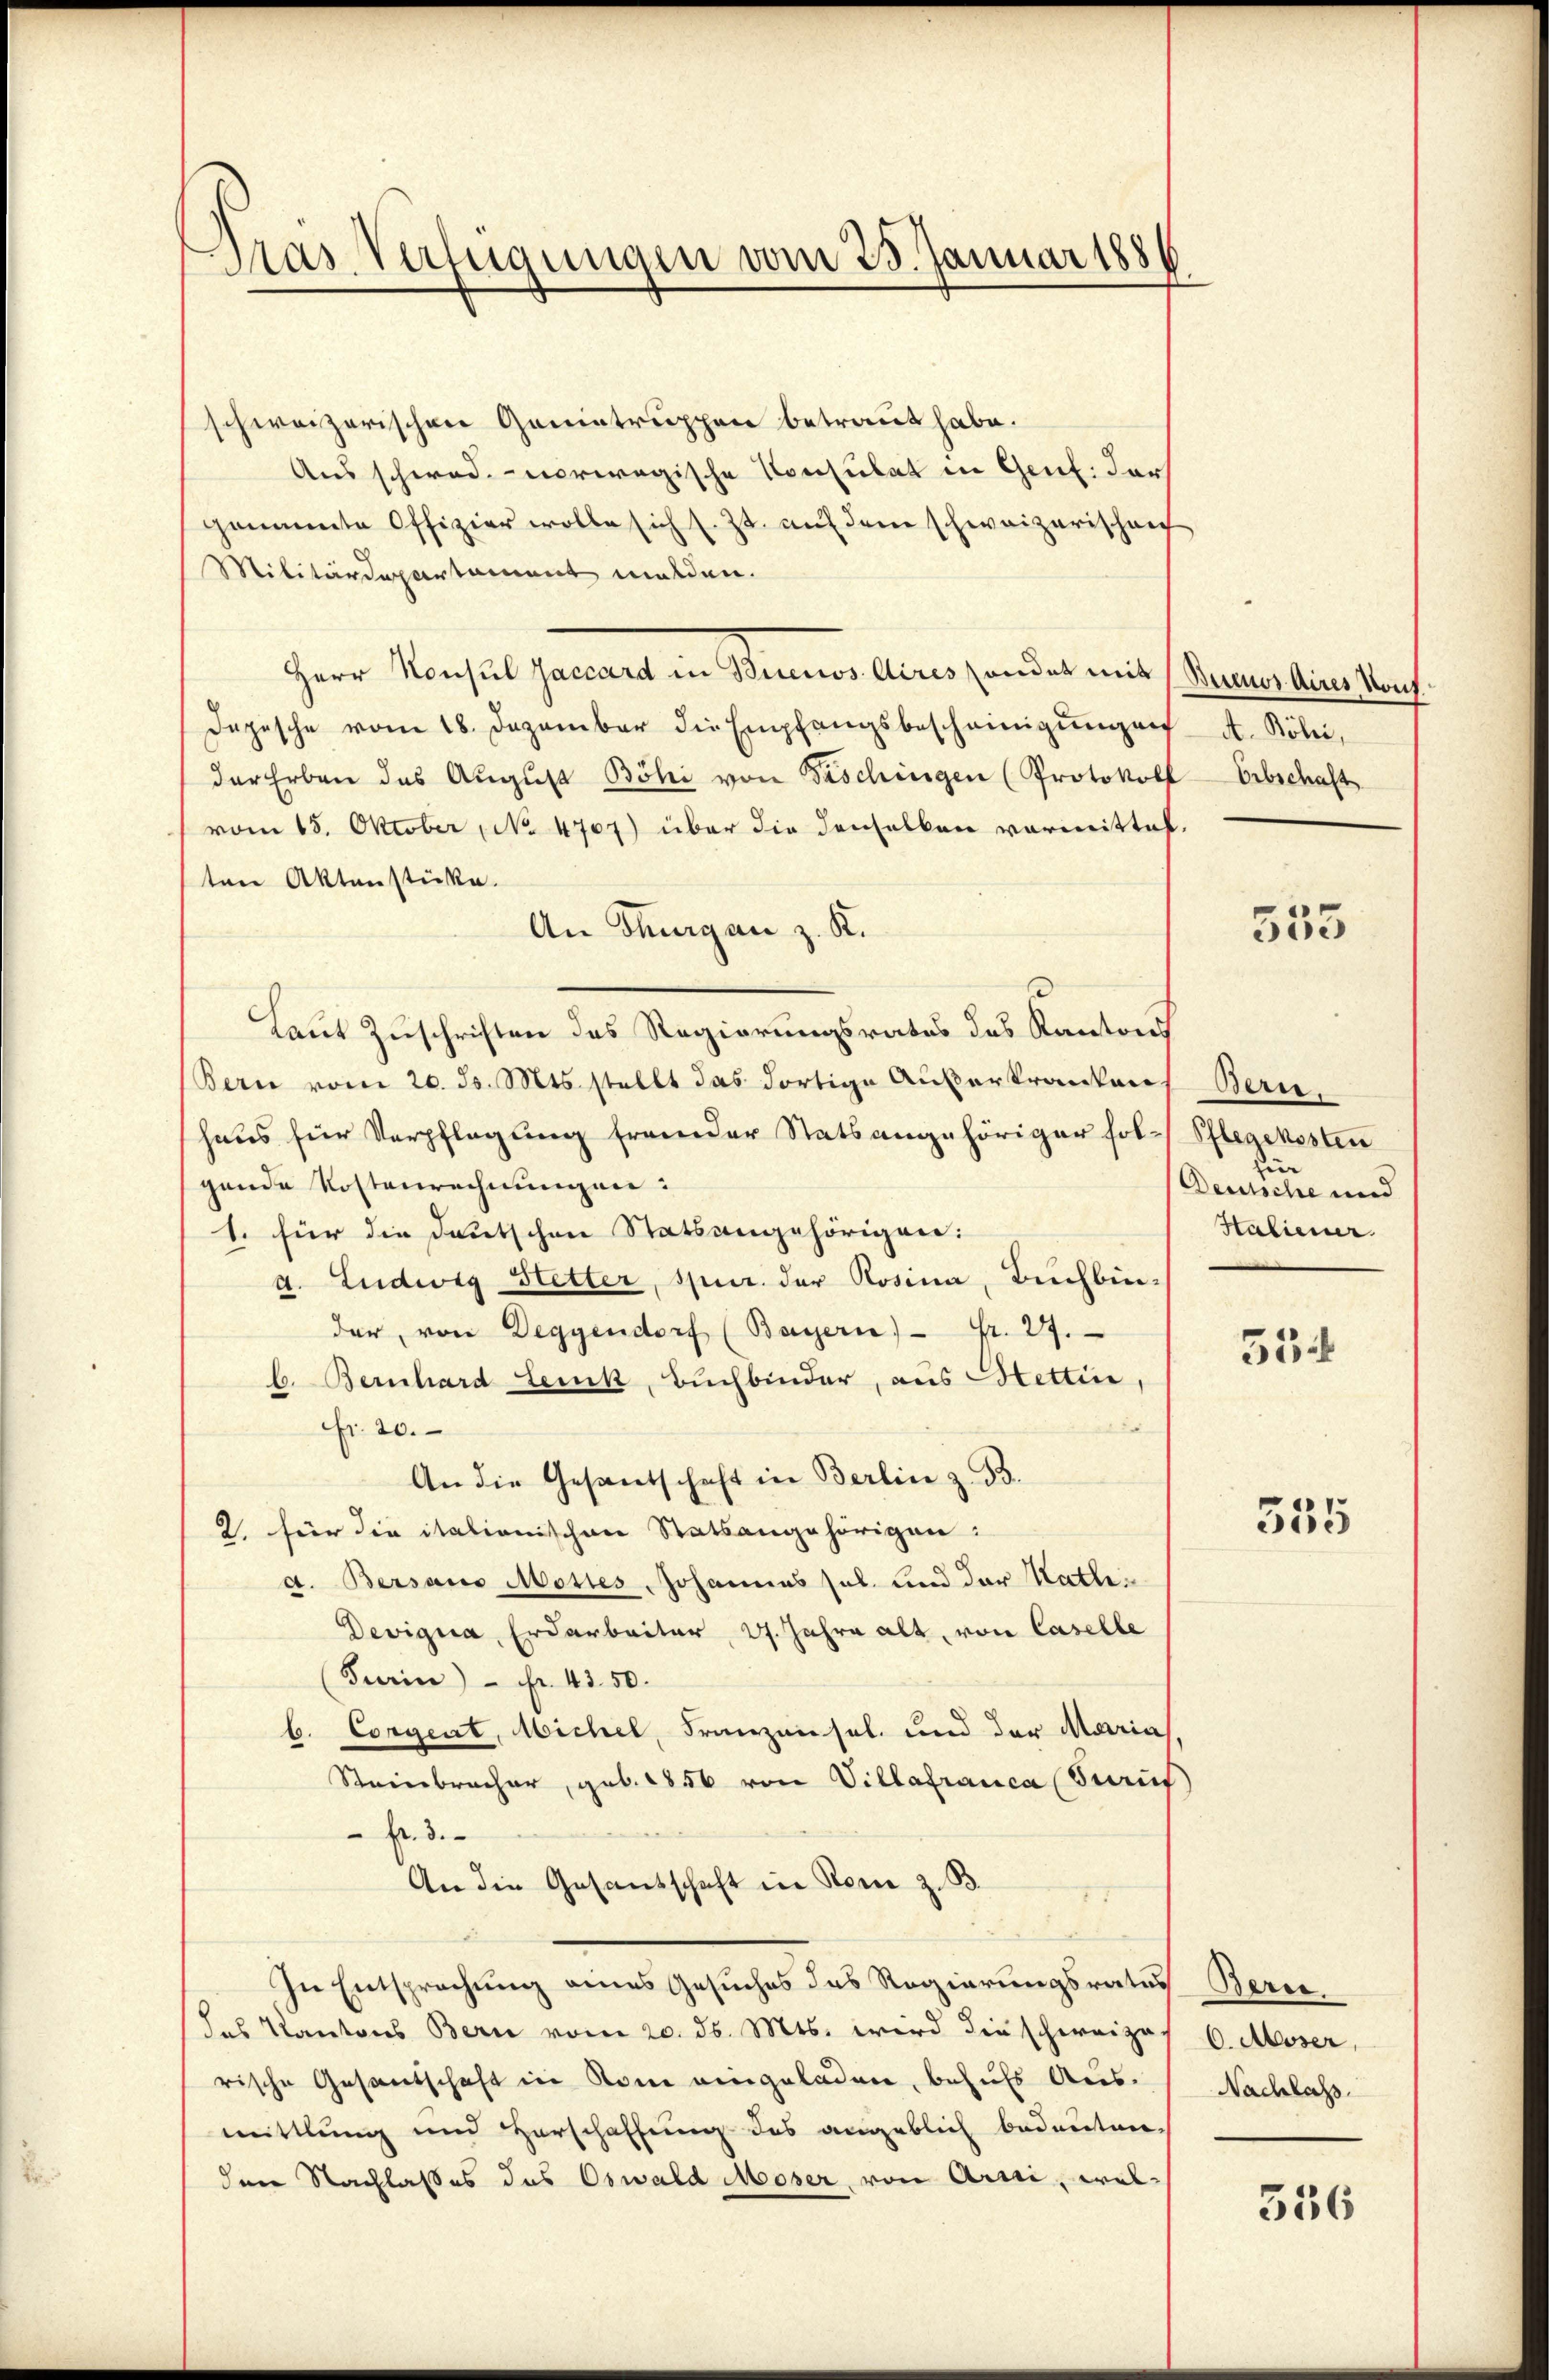
Gras Verfügungen vom 25. Januar 188

schweizerischen Geniatruppen betraut habe.
Aus schwad.- vorwegische Konsulat in Genf. dars
genannte Offizier wolle sich s. Zt. auf dem schweizerischen
Militärdepartament malden.
Herr Konsul Zaccard in Buenos Aires sonder mit (Buenos Aires Konf
Depesche vom 18. Dezember die Empfangsbescheinigŭngen A. Böli,
der Erben des Aŭgŭst Böhi von Fischingen (Protokoll Erbschaft
vom 15. Oktober, No 4707) über die denselben vormittalten Aktenstücke.
An Thurgan z. K.
Laut Zuschriften des Regierungsrates des Kantons
Bern vom 20. ds. Mts. stellt das dortige Ausarkranken
haus für Verpflegung fremder Statsangehöriger fol-Pflegekosten
gende Kostenrechnungen:
1. für die deutschen Statsangehörigen:
a. Ludwig Hetter, spur. der Rosina, Buchbinder, von Degyendorf (Bayern) Fr. 27.
b. Bernhard Lenk, Buchbinder, aus Stettin,
Ffr. 20.
An die Gesandschaft in Berlin z. B.
2. für die italionischen Statsangehörigen:
a. Bersaus Mottes Johannes sel. und der Kathe¬
Devigia, Erdarbeiter, 27. Jahre alt, von Caselle
Turin) Fr. 450.
b. Corgent, Michel, Franzensel und der Marias,
Steinbracher, geb. 1856 von Villafranca (Stauf
Fr. 3.
An die Gesandschaft in Reue z. B.
In Entsprechung eines Gesuches das Regierungsratus Bern.
das Kantons Bern vom 20. ds. Mts. wird die schweizes 6. Moser,
rische Gesandschaft in Rom eingeladen, behufs Ausmittlung und Herschaffung des angeblich bedeuten
den Nachlasses des Oswald Moser von Arrii, wel¬

553

Bern.
für
Deutsche und
Haliener.

554

355

Nachlass.

536